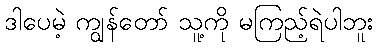
ဒါပေမဲ့ ကျွန်တော် သူ့ကို မကြည့်ရဲပါဘူး